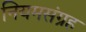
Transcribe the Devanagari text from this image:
नियमसंग्रह